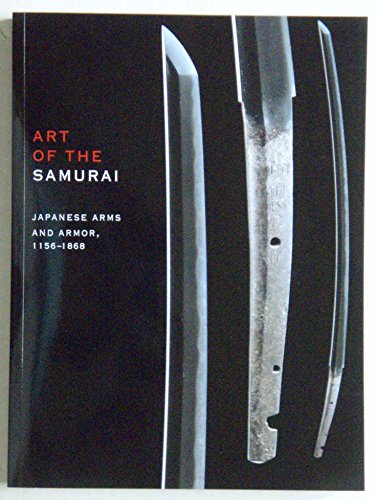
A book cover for Art of the Samurai: Japanese Arms and Armor, 1156-1868; Crafts, Hobbies & Home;